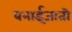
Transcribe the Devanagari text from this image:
बनाईजाती